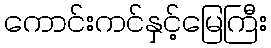
ကောင်းကင်နှင့်မြေကြီး